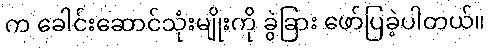
က ခေါင်းဆောင်သုံးမျိုးကို ခွဲခြား ဖော်ပြခဲ့ပါတယ်။